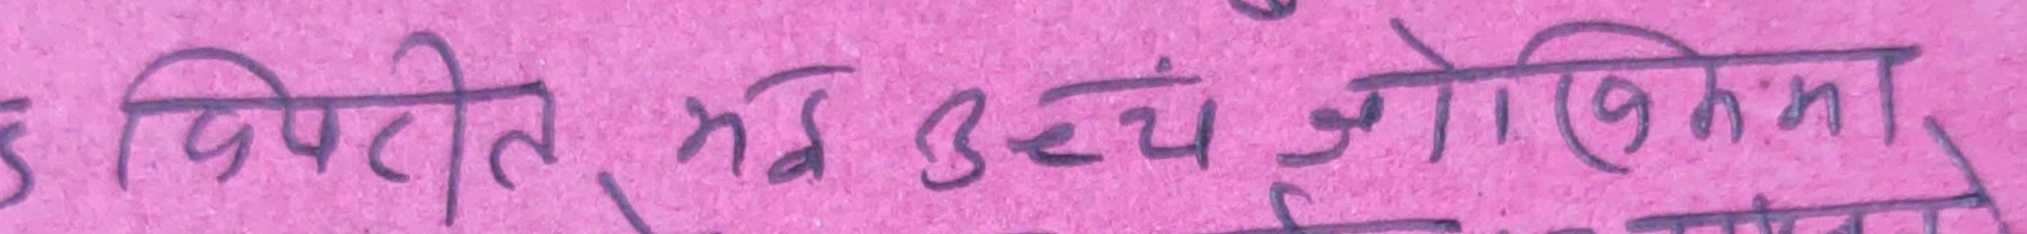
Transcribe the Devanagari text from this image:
ड विपरीत, भई उच्च जोखिममा